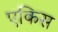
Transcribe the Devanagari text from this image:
एकिस